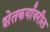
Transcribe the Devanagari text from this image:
शेतकर्यांवरील